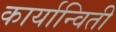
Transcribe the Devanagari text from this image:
कार्यान्विती